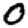
Digit: 0